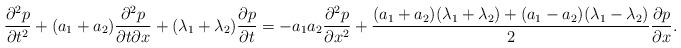
LaTeX: \begin{align*}\frac{\partial^2 p}{\partial t^2}+(a_1+a_2)\frac{\partial^2 p}{\partial t\partial x} +(\lambda_1+\lambda_2) \frac{\partial p}{\partial t} =-a_1a_2\frac{\partial^2 p}{\partial x^2}+\frac{(a_1+a_2)(\lambda_1+\lambda_2)+(a_1-a_2)(\lambda_1-\lambda_2)}{2}\frac{\partial p}{\partial x}.\end{align*}